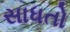
સાધતો